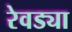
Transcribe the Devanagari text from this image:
रेवड्या